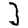
Digit: 3